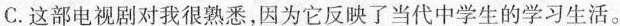
C. 这部电视剧对我很熟悉，因为它反映了当代中学生的学习生活。